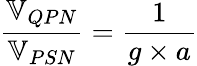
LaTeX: \frac{\mathbb{V}_{QPN}}{\mathbb{V}_{PSN}}=\frac{1}{g\times a}